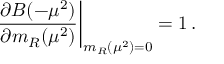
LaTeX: \left. \frac { \partial B ( - \mu ^ { 2 } ) } { \partial m _ { R } ( \mu ^ { 2 } ) } \right| _ { m _ { R } ( \mu ^ { 2 } ) = 0 } = 1 \, .